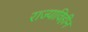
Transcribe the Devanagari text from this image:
राज्याविहीन